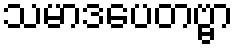
သမာဒပေတဗ္ဗာ